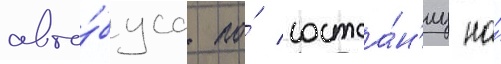
авто́буса по́ состоа́н'иу на́